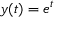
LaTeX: y ( t ) = e ^ { t }